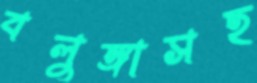
বলুঙ্গাসহ